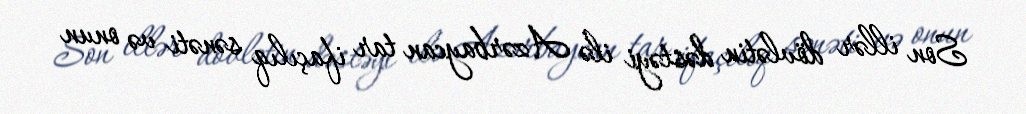
Son illər dövlətin dəstəyi ilə Azərbaycan tar ifaçılıq sənəti və onun